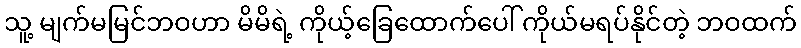
သူ့ မျက်မမြင်ဘဝဟာ မိမိရဲ့ ကိုယ့်ခြေထောက်ပေါ် ကိုယ်မရပ်နိုင်တဲ့ ဘဝထက်